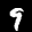
Label: 9